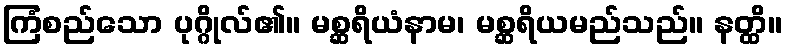
ကြံစည်သော ပုဂ္ဂိုလ်၏။ မစ္ဆရိယံနာမ၊ မစ္ဆရိယမည်သည်။ နတ္ထိ။